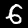
Digit: 6